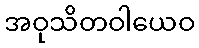
အဝုသိတဝါယေဝ